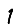
Digit: 1